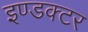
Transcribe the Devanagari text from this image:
इण्डक्टर